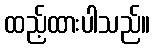
ထည့်ထားပါသည်။